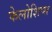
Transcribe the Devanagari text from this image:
फेलोशिप्स